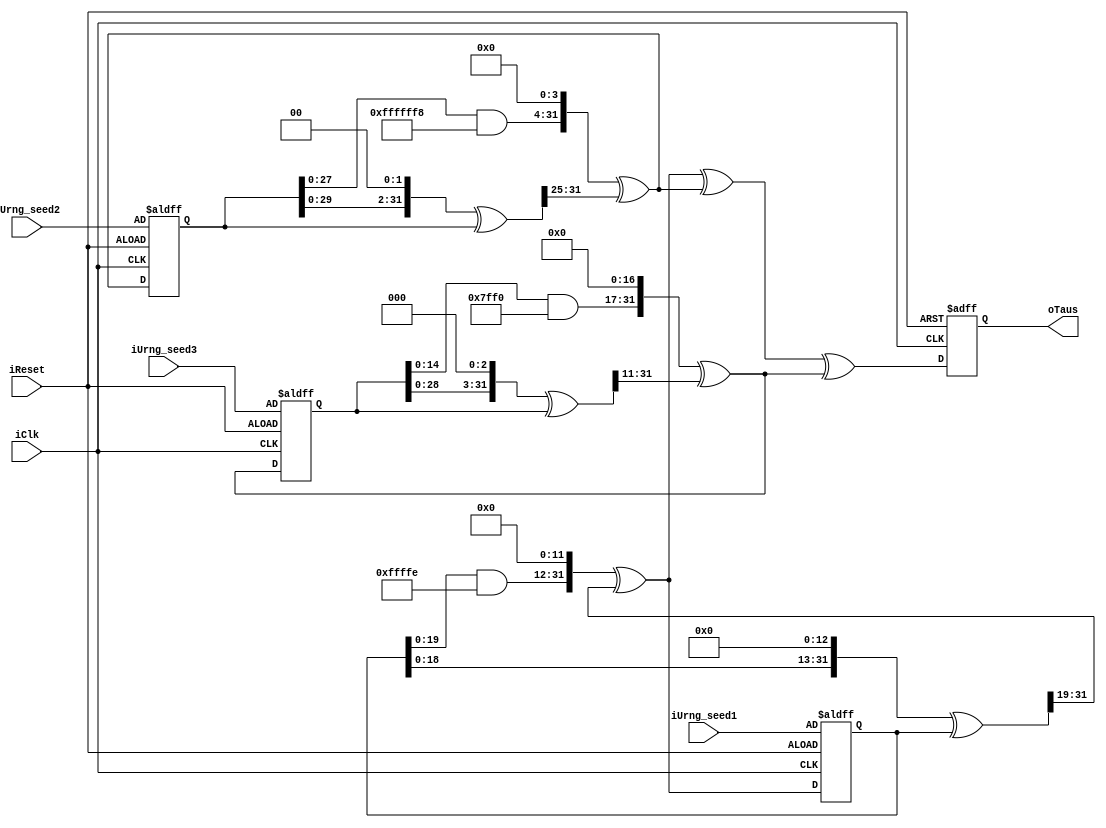
`timescale 1ns / 1ps
//////////////////////////////////////////////////////////////////////////////////
// Company: 
// 
// Design Name: 
// Module Name: taus
// Project Name: 
// Target Devices: 
// Tool Versions: 
// Description: 
// 
// Dependencies: 
// 
// Revision:
// Revision 0.01 - File Created
// Additional Comments:
// 
//////////////////////////////////////////////////////////////////////////////////


module taus
(
    // inputs to tausworthe algorithm hardware implementation
    input  iClk,
    input  iReset,
    input  [31:0] iUrng_seed1,
    input  [31:0] iUrng_seed2,
    input  [31:0] iUrng_seed3,
    
    // outputs to tausworthe algorithm hardware implementation    
    output [31:0] oTaus
);

   //register intializations to be used in intermedaite stages
    reg [31:0] rS0;
    reg [31:0] rS1;
    reg [31:0] rS2;
    reg [31:0] rB;
    reg [31:0] rTaus;
    
    reg [31:0] rS0_next;
    reg [31:0] rS1_next;
    reg [31:0] rS2_next;
    reg [31:0] rTaus_next;
    
    
   always@(posedge iClk, posedge iReset)
   //Initial stage
     if(iReset)
      begin
       rS0   <= iUrng_seed1;
       rS1   <= iUrng_seed2;
       rS2   <= iUrng_seed3;  
       rTaus <= 32'b0;
      end
     else
     //next stages
      begin 
       rS0   <= rS0_next;
       rS1   <= rS1_next;
       rS2   <= rS2_next;
       rTaus <= rTaus_next;
      end
   //Tausworthe algorithm implementation
   always@*
       begin
          rB          =     (((rS0 << 13)^rS0) >> 19);
          rS0_next    =     (((rS0 & 32'hFFFF_FFFE) << 12)^rB);
          
          rB          =     (((rS1 << 2)^rS1) >> 25);
          rS1_next    =     (((rS1 & 32'hFFFF_FFF8) << 4)^rB);
          
          rB          =     (((rS2 << 3)^rS2) >> 11);
          rS2_next    =     (((rS2 & 32'hFFFF_FFF0) << 17)^rB);
          
          rTaus_next  =     (rS0_next^rS1_next^rS2_next);      
       end
   
   assign oTaus       =      rTaus;
   
endmodule